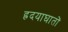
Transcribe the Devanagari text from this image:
ह्रदयाघातों